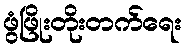
ဖွံဖြိုးတိုးတက်ရေး